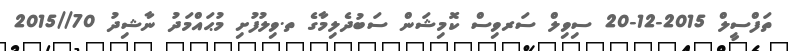
ތަފްސީލް 2015-12-20 ސިވިލް ސަރވިސް ކޮމިޝަން ސަބުދެލިމާގެ ތ.ވިލުފުށި މުޙައްމަދު ނާޝިދު 70//2015